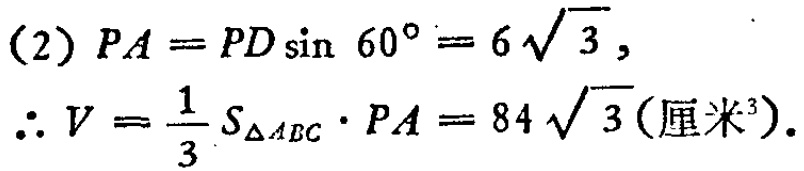
(2) \(PA = PD\sin 60^{\circ}=6\sqrt{3}\),
\(\therefore V = \frac{1}{3}S_{\triangle ABC}\cdot PA = 84\sqrt{3}(\text{厘米}^3)\).